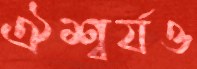
ঐশ্বর্যও